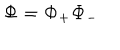
LaTeX: \mathbf { \Phi } = \mathbf { \Phi } _ { + } \mathbf { \Phi } _ { - }